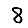
Digit: 8